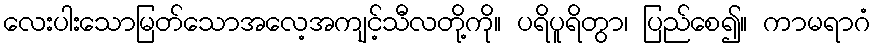
လေးပါးသောမြတ်သောအလေ့အကျင့်သီလတို့ကို။ ပရိပူရိတွာ၊ ပြည်စေ၍။ ကာမရာဂံ